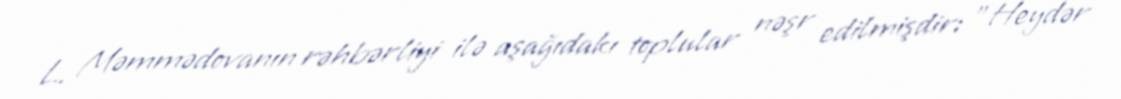
L. Məmmədovanın rəhbərliyi ilə aşağıdakı toplular nəşr edilmişdir: "Heydər